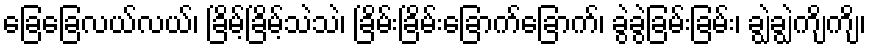
ခြေခြေလယ်လယ်၊ ခြိမ့်ခြိမ့်သဲသဲ၊ ခြိမ်းခြိမ်းခြောက်ခြောက်၊ ခွဲခွဲခြမ်းခြမ်း၊ ချွဲချွဲကျိကျိ၊